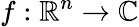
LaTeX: f:\mathbb{R}^{n}\to\mathbb{C}